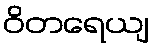
ဝိတရေယျ